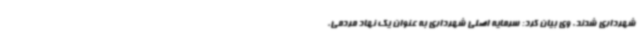
شهرداری شدند. وی بیان کرد: سرمایه اصلی شهرداری به عنوان یک نهاد مردمی،